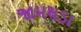
જામથડા